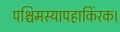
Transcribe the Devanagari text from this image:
पश्चिमस्यापहाकिंरक।